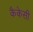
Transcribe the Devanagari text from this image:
कैकेसी